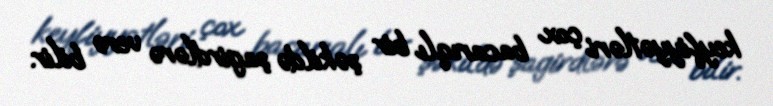
keyfiyyətləri çox bacarıqlı bir şəkildə şagirdlərə verə bilir.